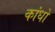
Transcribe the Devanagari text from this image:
कांधों